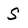
Character: S